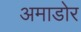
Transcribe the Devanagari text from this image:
अमाडोर